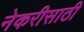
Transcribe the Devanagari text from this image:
नेकरीसाठी